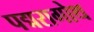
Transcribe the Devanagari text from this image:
पद्मरागोथ